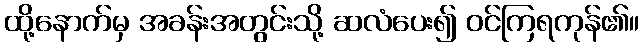
ထို့နောက်မှ အခန်းအတွင်းသို့ ဆလံပေး၍ ဝင်ကြရကုန်၏။